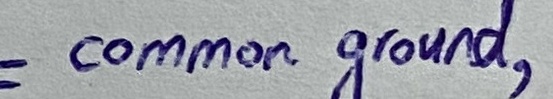
Text: common ground,